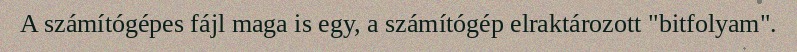
A számítógépes fájl maga is egy, a számítógép elraktározott "bitfolyam".